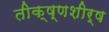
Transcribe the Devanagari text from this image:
तीक्ष्णशीर्ष